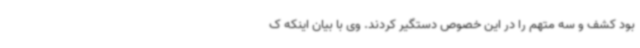
بود کشف و سه متهم را در این خصوص دستگیر کردند. وی با بیان اینکه ک